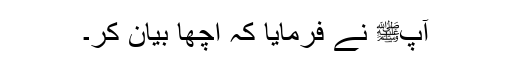
آپﷺ نے فرمایا کہ اچھا بیان کر۔